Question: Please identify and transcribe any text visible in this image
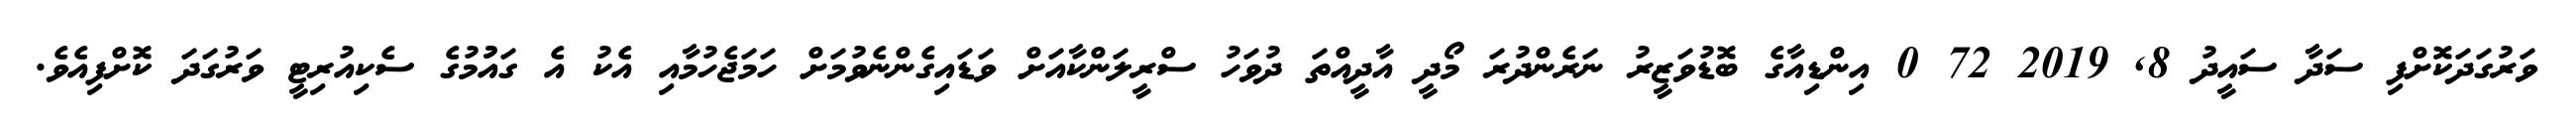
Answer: ވަރުގަދަކޮށްފި ސަދާ ސައީދު 8, 2019 72 0 އިންޑިއާގެ ބޮޑުވަޒީރު ނަރެންދުރަ މޯދީ އާދީއްތަ ދުވަހު ސްރީލަންކާއަށް ވަޑައިގެންނެވުމަށް ހަމަޖެހުމާއި އެކު އެ ގައުުމުގެ ސެކިއުރިޓީ ވަރުގަދަ ކޮށްފިއެވެ.